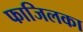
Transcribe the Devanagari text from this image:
फाजिलका